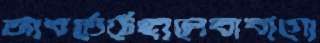
আবর্তেঠেঙ্গালেবাবাগো